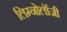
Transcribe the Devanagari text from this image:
लिम्नोलॉजी